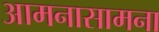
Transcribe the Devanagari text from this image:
आमनासामना